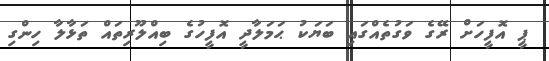
ޕީ އޮފީހަށް ރޭގެ ވަގުތެއްގައި ބަޔަކު ޙަމަލާދީ އޮފީހުގެ ބިއްލޫރިތައް ތަޅާލާ ހިންގި